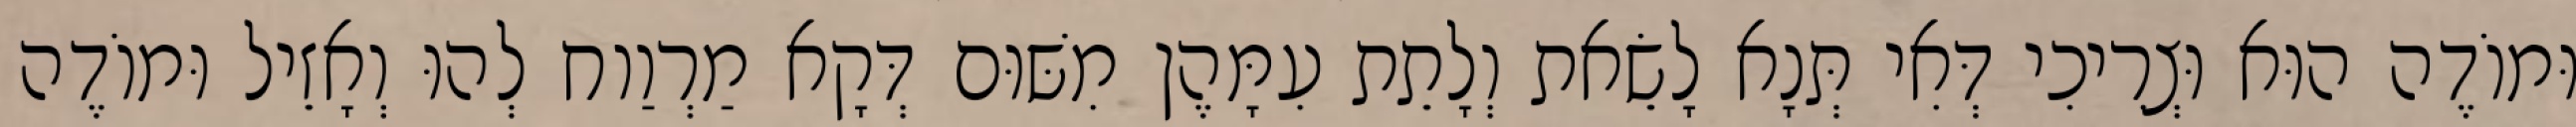
וּמוֹדֶה הוּא וּצְרִיכִי דְּאִי תְּנָא לָשֵׂאת וְלָתֵת עִמָּהֶן מִשּׁוּם דְּקָא מַרְוַוח לְהוּ וְאָזֵיל וּמוֹדֶה